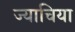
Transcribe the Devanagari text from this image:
ज्याचिया